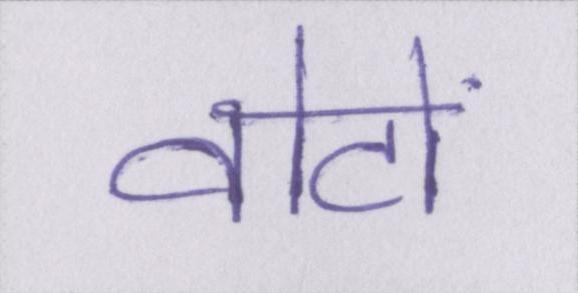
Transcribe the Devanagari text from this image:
वोटों